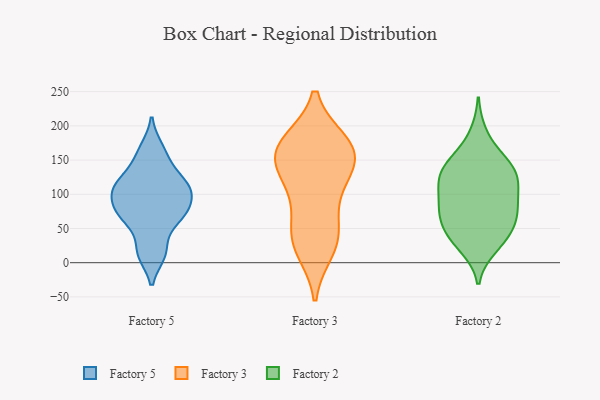
{"axis": {"x": "Energy Usage (MWh)", "y": "Value"}, "legend": ["Factory 2", "Factory 3", "Factory 5"], "data": [{"x": "", "y": 100, "type": "Factory 5"}, {"x": "", "y": 75, "type": "Factory 5"}, {"x": "", "y": 167, "type": "Factory 5"}, {"x": "", "y": 71, "type": "Factory 5"}, {"x": "", "y": 118, "type": "Factory 5"}, {"x": "", "y": 13, "type": "Factory 5"}, {"x": "", "y": 74, "type": "Factory 5"}, {"x": "", "y": 149, "type": "Factory 5"}, {"x": "", "y": 116, "type": "Factory 5"}, {"x": "", "y": 16, "type": "Factory 5"}, {"x": "", "y": 60, "type": "Factory 5"}, {"x": "", "y": 101, "type": "Factory 5"}, {"x": "", "y": 112, "type": "Factory 5"}, {"x": "", "y": 168, "type": "Factory 3"}, {"x": "", "y": 20, "type": "Factory 3"}, {"x": "", "y": 175, "type": "Factory 3"}, {"x": "", "y": 172, "type": "Factory 3"}, {"x": "", "y": 35, "type": "Factory 3"}, {"x": "", "y": 52, "type": "Factory 3"}, {"x": "", "y": 151, "type": "Factory 3"}, {"x": "", "y": 132, "type": "Factory 3"}, {"x": "", "y": 95, "type": "Factory 3"}, {"x": "", "y": 167, "type": "Factory 3"}, {"x": "", "y": 32, "type": "Factory 3"}, {"x": "", "y": 116, "type": "Factory 3"}, {"x": "", "y": 154, "type": "Factory 3"}, {"x": "", "y": 131, "type": "Factory 2"}, {"x": "", "y": 126, "type": "Factory 2"}, {"x": "", "y": 88, "type": "Factory 2"}, {"x": "", "y": 34, "type": "Factory 2"}, {"x": "", "y": 31, "type": "Factory 2"}, {"x": "", "y": 119, "type": "Factory 2"}, {"x": "", "y": 73, "type": "Factory 2"}, {"x": "", "y": 152, "type": "Factory 2"}, {"x": "", "y": 44, "type": "Factory 2"}, {"x": "", "y": 67, "type": "Factory 2"}, {"x": "", "y": 67, "type": "Factory 2"}, {"x": "", "y": 150, "type": "Factory 2"}, {"x": "", "y": 142, "type": "Factory 2"}, {"x": "", "y": 84, "type": "Factory 2"}, {"x": "", "y": 124, "type": "Factory 2"}, {"x": "", "y": 188, "type": "Factory 2"}, {"x": "", "y": 95, "type": "Factory 2"}, {"x": "", "y": 23, "type": "Factory 2"}, {"x": "", "y": 57, "type": "Factory 2"}, {"x": "", "y": 114, "type": "Factory 2"}]}